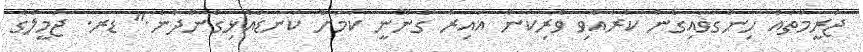
ޖަރީމާތައް ހިންގަވައިގެން ކުރެއްވި ވެރިކަން ޣައިރު ގާނޫނީ ކަމަށް ކަނޑައެޅިގެންދާނެ." ޑރ. ޖަމީލުގެ